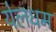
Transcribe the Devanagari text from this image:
येलधम